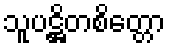
သူပဋ္ဌိတစိတ္တော